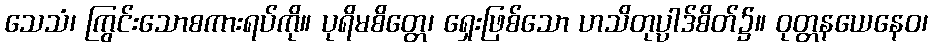
သေသံ၊ ကြွင်းသောစကားရပ်ကို။ ပုရိမစိတ္တေ၊ ရှေးဖြစ်သော ဟသိတုပ္ပါဒ်စိတ်၌။ ဝုတ္တနယေနေဝ၊